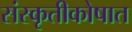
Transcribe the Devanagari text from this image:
संस्कृतीकोषात